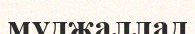
муджаллад